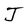
Character: J